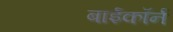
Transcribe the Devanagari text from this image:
बाईकॉर्न